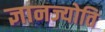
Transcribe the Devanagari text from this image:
ज्ञानज्योति